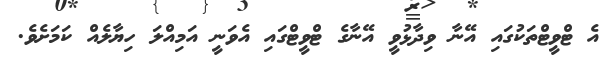
އެ ޓްވީޓްތަކުގައި އޭނާ ވިދާޅުވީ އޭނާގެ ޓްވީޓްގައި އެވަނީ އަމިއްލަ ހިޔާލެއް ކަމަށެވެ.